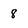
Character: 8